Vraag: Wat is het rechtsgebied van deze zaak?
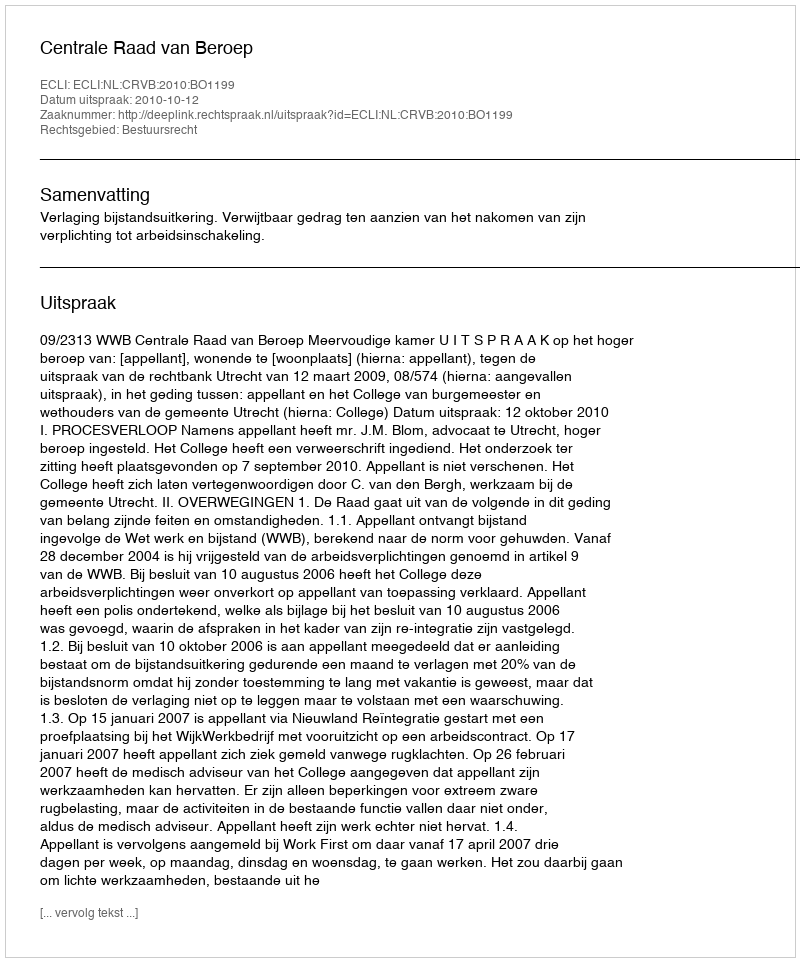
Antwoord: Bestuursrecht